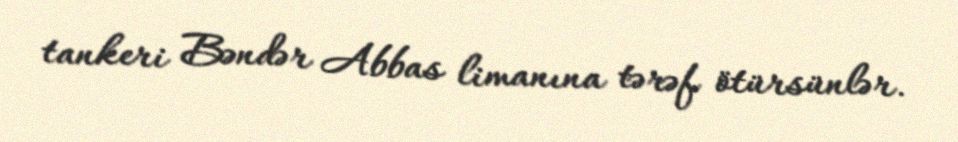
tankeri Bəndər Abbas limanına tərəf ötürsünlər.